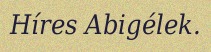
Híres Abigélek.